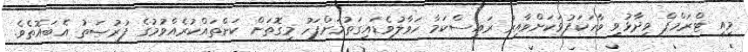
މިއީ ޓްރަމްޕް ވިދާޅުވި ވާހަކަފުޅަކަށްވާއިރު ރައީސްކަމާ ހަވާލުވެޑައިގަތުމަށްފަހު މިގޮތަށް ކަންތައްކުރެއްވުމުގެ ފުރުޞަތު އެބައޮތެވެ.